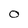
Character: O